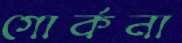
গোর্কনা